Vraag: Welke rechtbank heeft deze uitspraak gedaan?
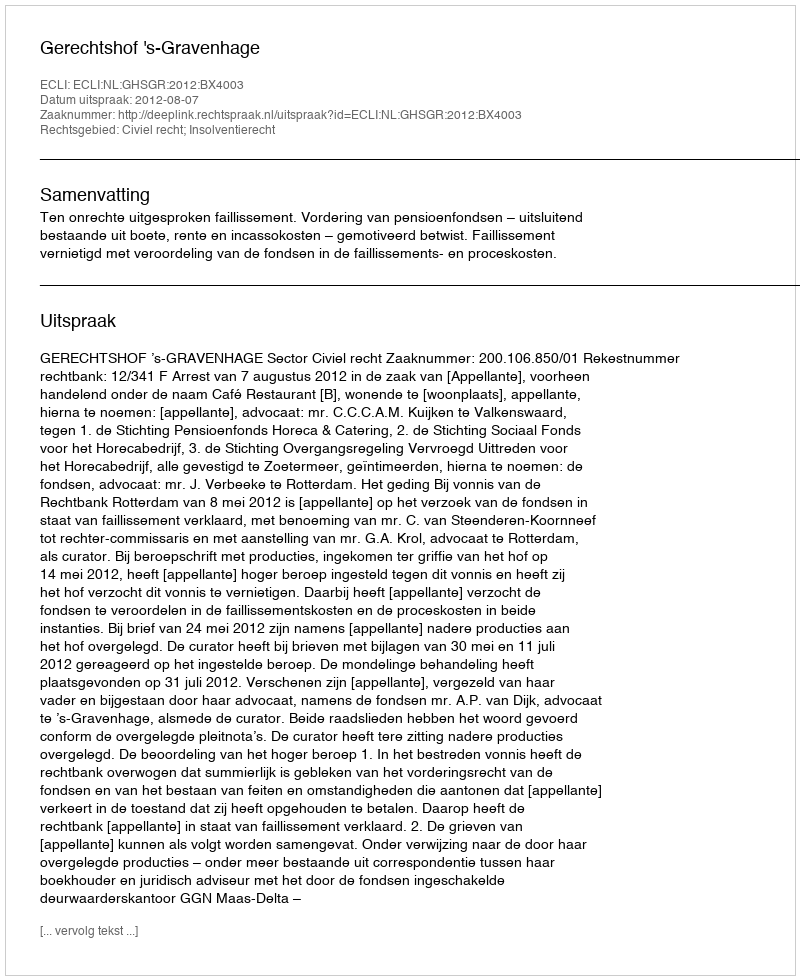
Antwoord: Gerechtshof 's-Gravenhage